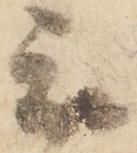
被